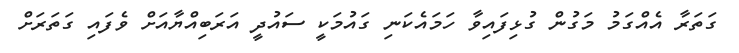
ގަތަރާ އެއްގަމު މަގުން ގުޅިފައިވާ ހަމައެކަނި ގައުމަކީ ސައުދީ އަރަބިއްޔާއަށް ވެފައި ގަތަރަށް